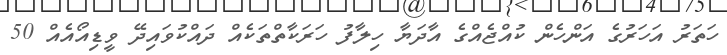
ހަތަރު އަހަރުގެ އަންހެން ކުއްޖެއްގެ އާދަޔާ ހިލާފު ހަރަކާތްތަކެއް ދައްކުވައިދޭ ވީޑިއޯއެއް 50